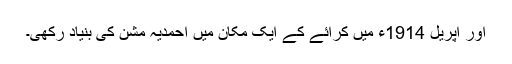
اور اپریل 1914ء میں کرائے کے ایک مکان میں احمدیہ مشن کی بنیاد رکھی۔